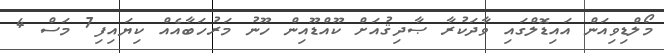
މޯލްޑިވިއަން އައިޑޮލްގައި ވާދަކުރާ ޞާދިޤުއަށް ކޫއްޑޫއިން ހޫނު މަރުހަބާއެއް ކިޔައިފި7 މަސް 4